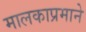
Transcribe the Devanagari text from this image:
मालकाप्रमाने